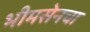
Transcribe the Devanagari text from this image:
भीमसेनचा